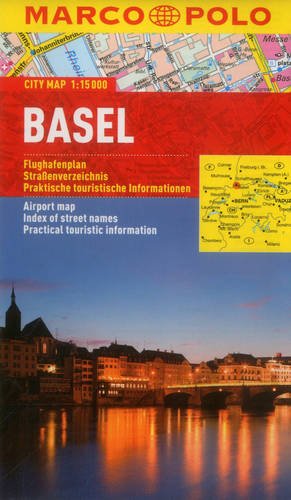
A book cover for Basel Marco Polo City Map (Marco Polo City Maps); Marco Polo Travel; Travel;